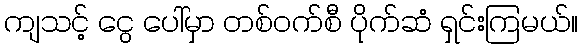
ကျသင့် ငွေ ပေါ်မှာ တစ်ဝက်စီ ပိုက်ဆံ ရှင်းကြမယ်။